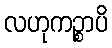
လဟုကဉ္စာပိ